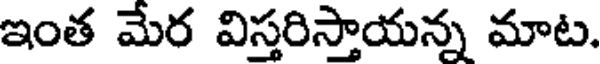
ఇంత మేర విస్తరిస్తాయన్న మాట.